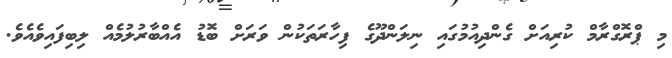
މި ޕްރޮގްރާމް ކުރިއަށް ގެންދިއުމުގައި ނިލަންދޫގެ ފިހާރަތަކުން ވަރަށް ބޮޑު އެއްބާރުލުމެއް ލިބިފައިވެއެވެ.